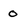
Character: o